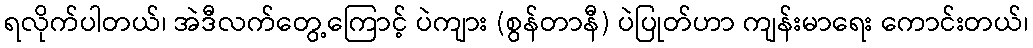
ရလိုက်ပါတယ်၊ အဲဒီလက်တွေ့ကြောင့် ပဲကျား (စွန်တာနီ) ပဲပြုတ်ဟာ ကျန်းမာရေး ကောင်းတယ်၊